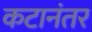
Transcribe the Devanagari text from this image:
कटानंतर